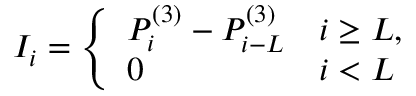
I _ { i } = \left\{ \begin{array} { l l } { P _ { i } ^ { ( 3 ) } - P _ { i - L } ^ { ( 3 ) } } & { i \geq { L } , } \\ { 0 } & { i < { L } } \end{array} \right.